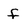
Character: f